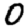
Digit: 0